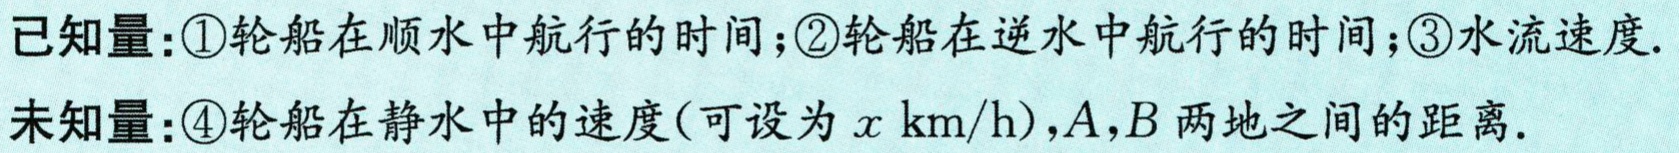
已知量：\textcircled{1}轮船在顺水中航行的时间；\textcircled{2}轮船在逆水中航行的时间；\textcircled{3}水流速度.
未知量：\textcircled{4}轮船在静水中的速度(可设为\(x\ \text{km/h}\))，\(A,B\)两地之间的距离.